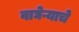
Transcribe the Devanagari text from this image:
वाघेऱ्याचे